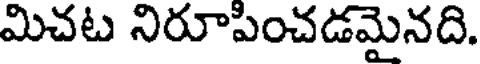
మిచట నిరూపించడమైనది.